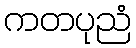
ကတပုညံ